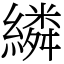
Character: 繗